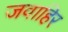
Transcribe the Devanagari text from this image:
जवाहिर